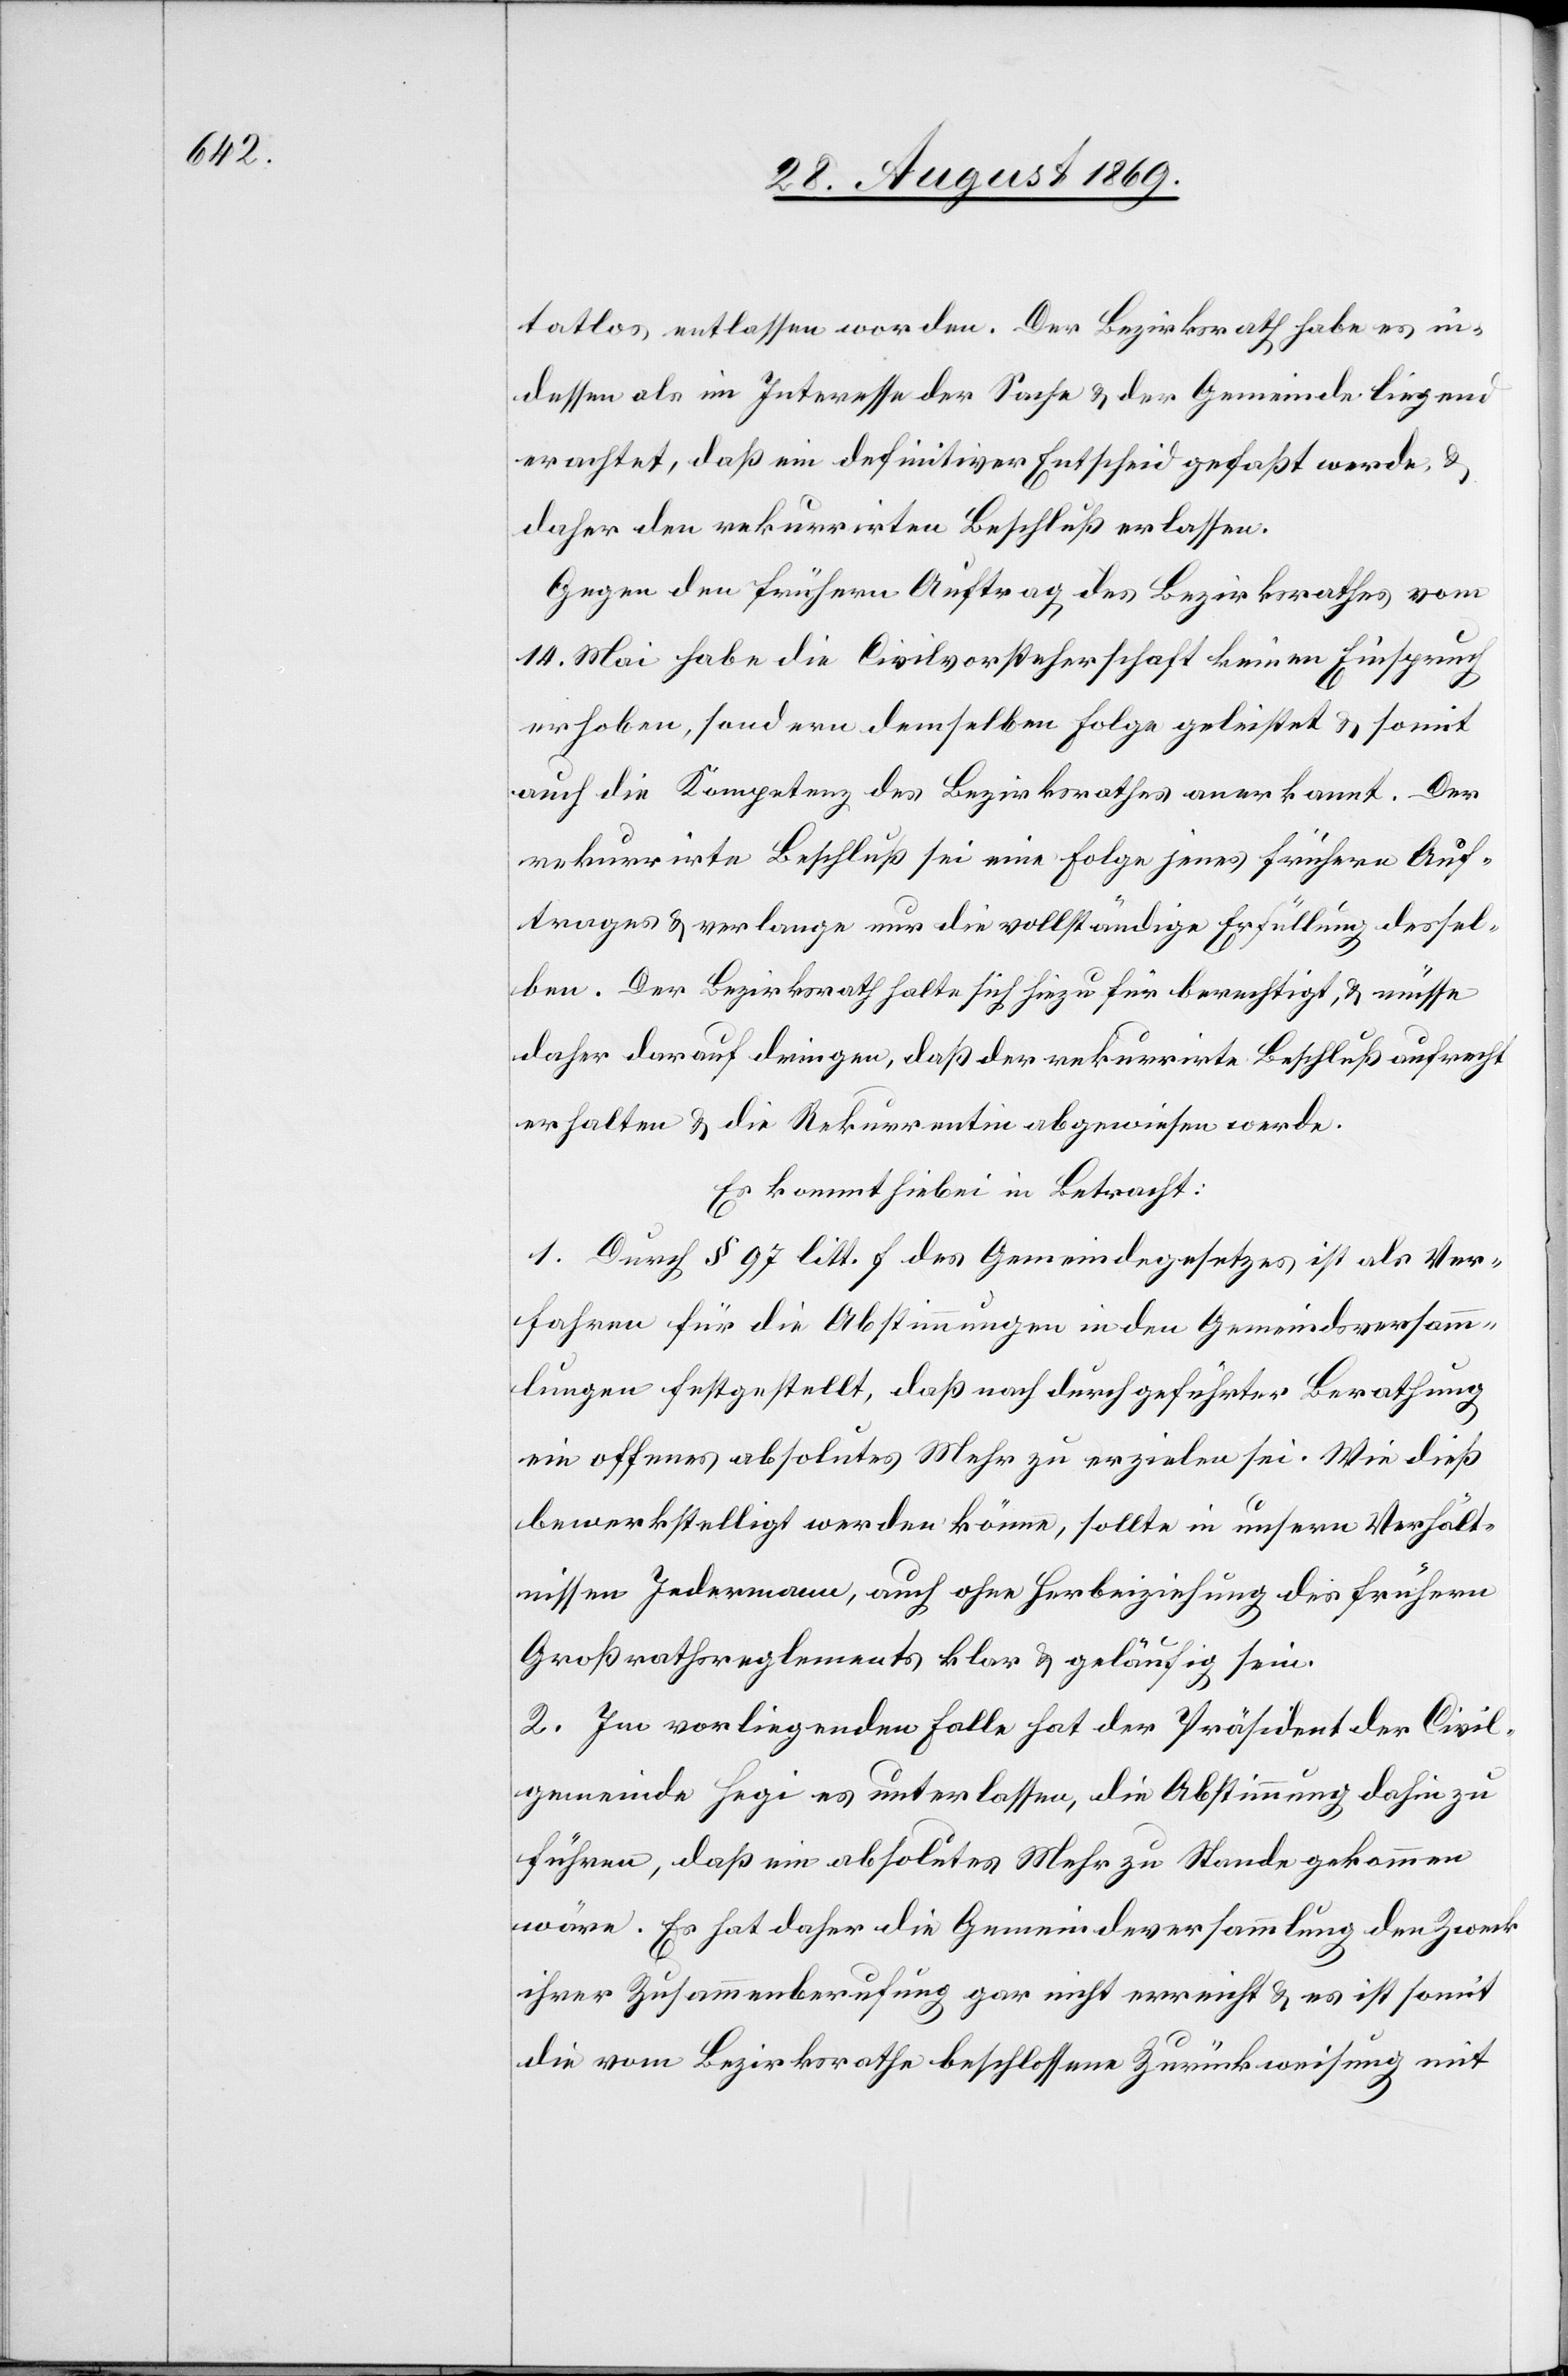
tatlos entlassen worden. Der Bezirksrath habe es in¬
dessen als im Interesse der Sache & der Gemeinde liegend
erachtet, daß ein definitiver Entscheid gefaßt werde, &
daher den rekurrirten Beschluß erlassen.
Gegen den frühern Auftrag des Bezirksrathes vom
14. Mai habe die Civilvorsteherschaft keinen Einspruch
erhoben, sondern demselben Folge geleistet & somit
auch die Kompetenz des Bezirksrathes anerkannt. Der
rekurrirte Beschluß sei eine Folge jenes frühern Auf¬
trages & verlange nur die vollständige Erfüllung dessel¬
ben. Der Bezirksrath halte sich hiezu für berechtigt, & müsse
daher darauf dringen, daß der rekurrirte Beschluß aufrecht
erhalten & die Rekurrentin abgewiesen werde.
Es kommt hiebei in Betracht:
1. Durch § 97 litt. f des Gemeindegesetzes ist als Ver¬
fahren für die Abstimmungen in den Gemeindsversamm¬
lungen festgestellt, daß nach durchgeführter Berathung
ein offenes absolutes Mehr zu erzielen sei. Wie dieß
bewerkstelligt werden könne, sollte in unsern Verhält¬
nissen Jedermann, auch ohne Herbeiziehung des frühern
Großrathsreglements klar & geläufig sein.
2. Im vorliegenden Falle hat der Präsident der Civil¬
gemeinde Hegi es unterlassen, die Abstimmung dahin zu
führen, daß ein absolutes Mehr zu Stande gekommen
wäre. Es hat daher die Gemeindeversammlung den Zweck
ihrer Zusammenberufung gar nicht erreicht & es ist somit
die vom Bezirksrath beschlossene Zurückweisung mit